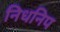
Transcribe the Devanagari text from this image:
निधनिप